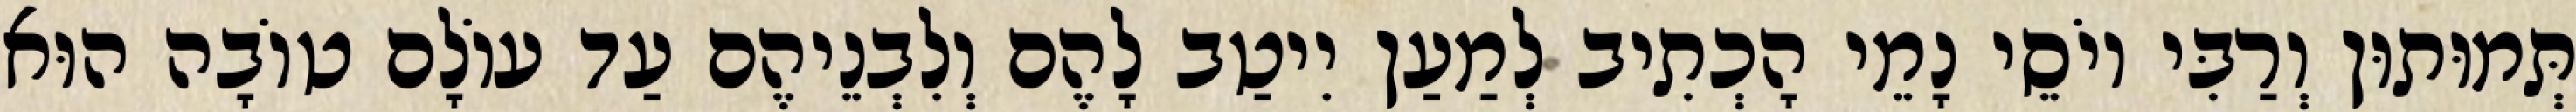
תְּמוּתוּן וְרַבִּי יוֹסֵי נָמֵי הָכְתִיב לְמַעַן יִיטַב לָהֶם וְלִבְנֵיהֶם עַד עוֹלָם טוֹבָה הוּא